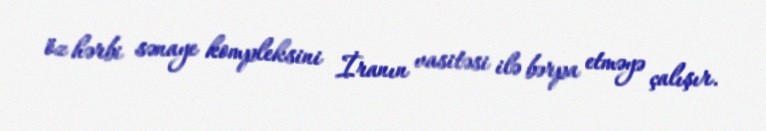
öz hərbi sənaye kompleksini İranın vasitəsi ilə bərpa etməyə çalışır.